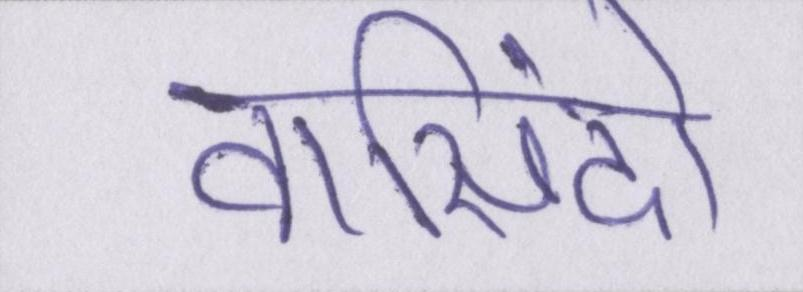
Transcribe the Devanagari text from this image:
वासिंदो